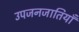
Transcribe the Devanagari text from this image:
उपजनजातियाँ